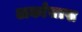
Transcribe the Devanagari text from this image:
अर्कांसास